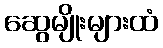
ဆွေမျိုးများထံ